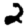
Digit: 2